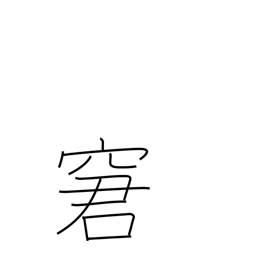
Meaning: rebuke